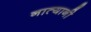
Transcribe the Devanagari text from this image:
नात्यानी